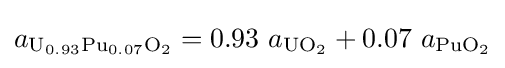
a_{\mathrm {U_{0.93}Pu_{0.07}O_{2}} }=0.93\ a_{\mathrm {UO_{2}} }+0.07\ a_{\mathrm {PuO_{2}} }